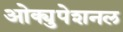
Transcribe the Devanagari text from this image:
ओक्युपेशनल